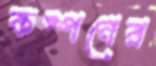
কম্পনের